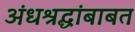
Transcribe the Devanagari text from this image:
अंधश्रद्धांबाबत